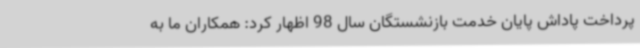
پرداخت پاداش پایان خدمت بازنشستگان سال 98 اظهار کرد: همکاران ما به